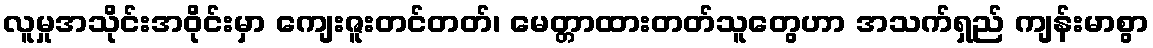
လူမှုအသိုင်းအဝိုင်းမှာ ကျေးဇူးတင်တတ်၊ မေတ္တာထားတတ်သူတွေဟာ အသက်ရှည် ကျန်းမာစွာ